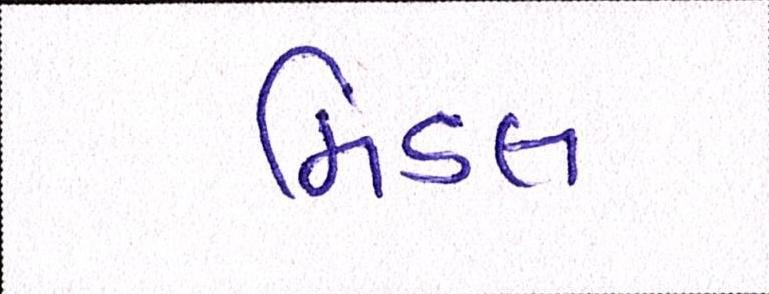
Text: મિડલ